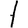
Digit: 1